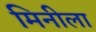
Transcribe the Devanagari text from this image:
मिनीला